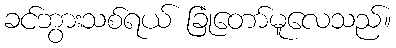
ခင်ဘွားသစ်ရယ် ခြုံတော်မူလေသည်။